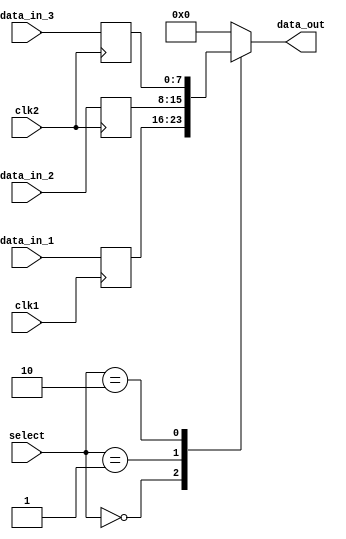
module Multiplexer_Delay (
    input wire clk1,
    input wire clk2,
    input wire [7:0] data_in_1,
    input wire [7:0] data_in_2,
    input wire [7:0] data_in_3,
    input wire [1:0] select,
    output reg [7:0] data_out
);

reg [7:0] synced_data_in_1;
reg [7:0] synced_data_in_2;
reg [7:0] synced_data_in_3;

always @(posedge clk1) begin
    synced_data_in_1 <= data_in_1;
end

always @(posedge clk2) begin
    synced_data_in_2 <= data_in_2;
    synced_data_in_3 <= data_in_3;
end

always @* begin
    case (select)
        2'b00: data_out <= synced_data_in_1;
        2'b01: data_out <= synced_data_in_2;
        2'b10: data_out <= synced_data_in_3;
        default: data_out <= 8'b00000000;
    endcase
end

endmodule